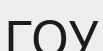
ГОУ